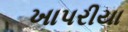
ખાપરીયા